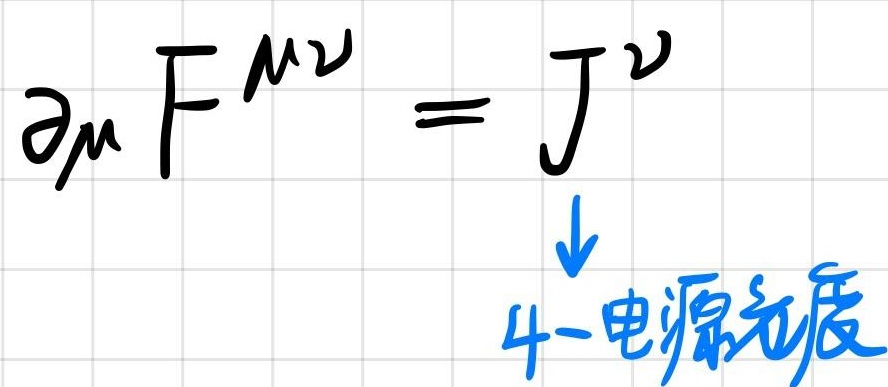
$\partial_{\mu} F^{\mu\nu}=J^{\nu}$
4-电流密度